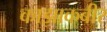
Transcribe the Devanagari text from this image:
काझाकबीर